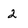
Character: 2